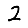
Digit: 2